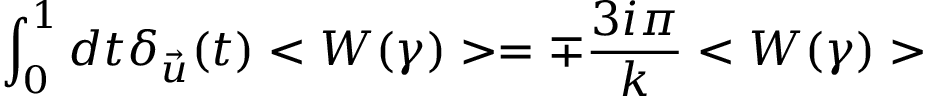
\int _ { 0 } ^ { 1 } d t \delta _ { \vec { u } } ( t ) < W ( \gamma ) > = \mp { \frac { 3 i \pi } { k } } < W ( \gamma ) >